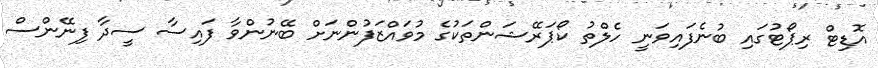
އޮޑިޓް ރިޕޯޓުގައި ބުނެފައިވަނީ ހެލްތު ކޯޕަރޭޝަންތަކުގެ މުވައްޒަފުންނަށް ބޭނުންވާ ފައިސާ ސީދާ ފިނޭންސް